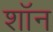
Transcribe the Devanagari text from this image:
शाॅन